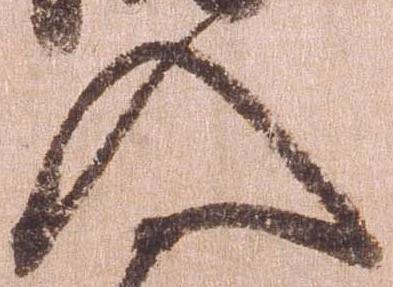
入